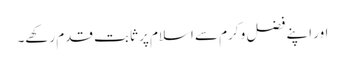
اور اپنے فضل و کرم سے اسلام پر ثابت قدم رکھے۔